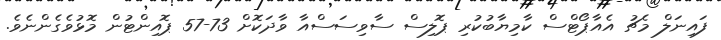
ފައިނަލް މެޗު އެއާޕޯޓްސް ކާމިޔާބުކުރި ޕޮލިސް ސާވިސަސްއާ ވާދަކޮށް 73-57 ޕޮއިންޓުން މޮޅުވެގެންނެވެ.